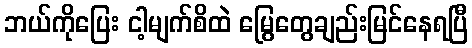
ဘယ်ကိုပြေး ငါ့မျက်စိထဲ မြွေတွေချည်းမြင်နေရပြီ